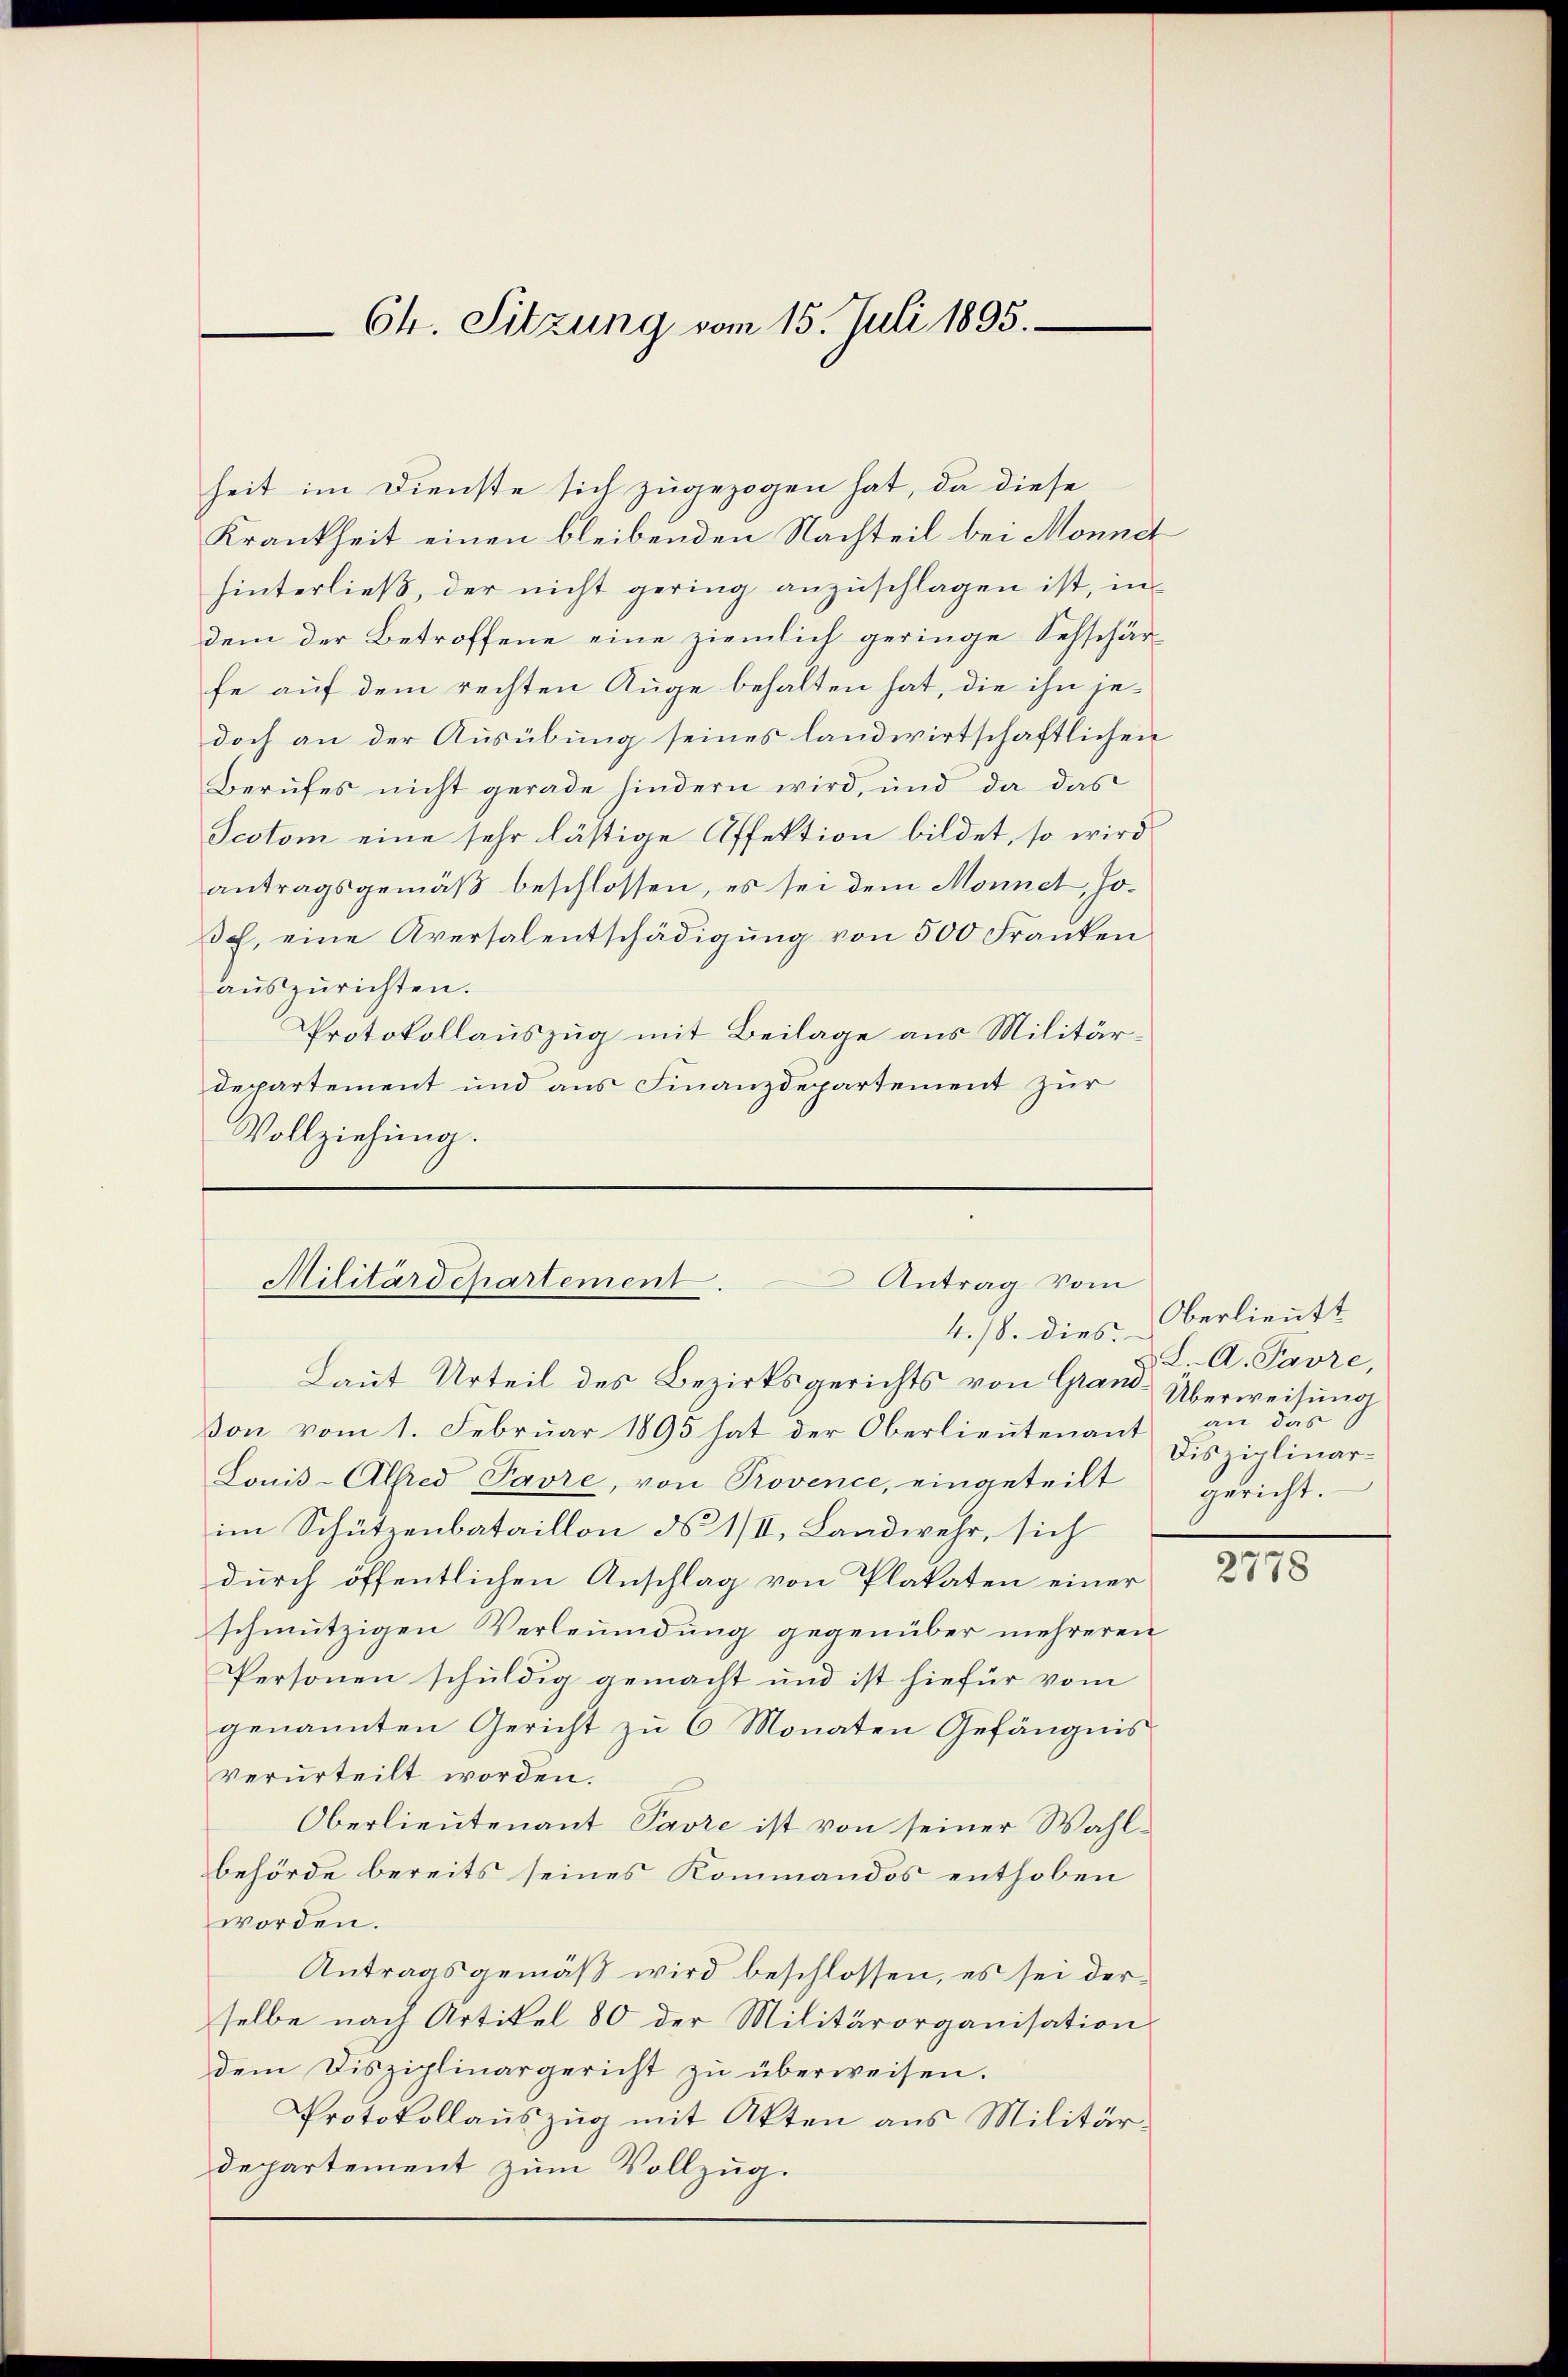
Ch. Sitzung vom 15. Juli 1895.

heit im Dienste sich zugezogen hat, da diese
Krankheit einen bleibenden Nachteil bei Monnet
hinterließ, der nicht gering anzuschlagen ist, in
dem der Betroffene eine ziemlich geringe Sehschärfe auf dem rechten Auge behalten hat, die ihn jedoch an der Ausübung seines landwirtschaftlichen
Berufes nicht gerade hindern wird, und da das
Scotom eine sehr lästige Affektion bildet, so wird
antragsgemäβ beschlossen, es sei dem Monnet, Jo¬
Ich, eine Aversalentschädigung von 500 Franken
aŭszŭrichten.
Protokollauszug mit Beilage aus Militärdepartement und aus Finanzdepartement zur
Vollziehung.

Militärdepartement. Antrag vom
4./8. dies

Laut Urteil des Bezirksgerichts von Grand Überweisung
Von vom 1. Februar 1895 hat der Oberlieutenant
Lonis-Alfred Pavre, von Provence, eingeteilt gericht.
im Schützenbataillon d 1/II, Landwehr, sich
durch öffentlichen Anschlag von Plakaten einer
schmutzigen Verleumdung gegenüber mehreren
Personen schuldig gemacht und ist hiefür vom
genannten Gericht zu 6 Monaten Gefängnis
verurteilt worden.
Oberlieutenant Pavre ist von seiner Wahlbehörde bereits seines Kommandos enthoben
worden.
Antragsgemäß wird beschlossen, es sei derselbe nach Artikel 80 der Militärorganisation
dem Disziplinargericht zŭ überweisen.
Protokollauszug mit Akten aus Militär
departement zum Vollzug.

Oberlieutt
L. A. Pavre,
an das
Disziplinar¬

2778